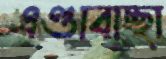
এণ্ডাবাচ্ছা